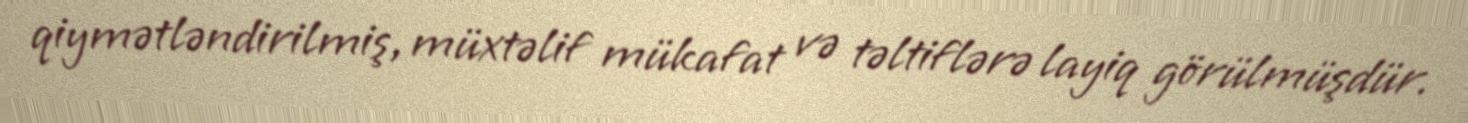
qiymətləndirilmiş, müxtəlif mükafat və təltiflərə layiq görülmüşdür.